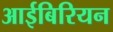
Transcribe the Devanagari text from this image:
आईबिरियन